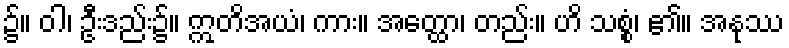
၌။ ဝါ၊ ဦးဒည်း၌။ ဣတိအယံ၊ ကား။ အတ္ထော၊ တည်း။ ဟိ သစ္စံ၊ ၏။ အနုဿ